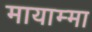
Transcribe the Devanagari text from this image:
मायाम्मा